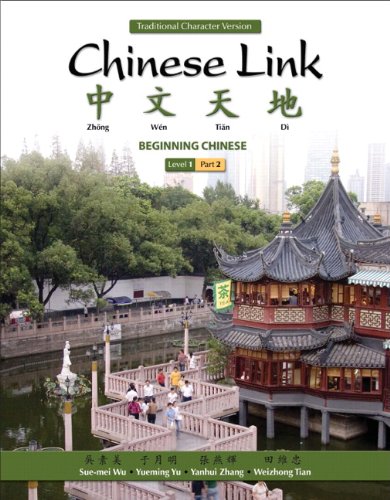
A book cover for Chinese Link: Beginning Chinese, Traditional Character Version, Level 1/Part 2 (2nd Edition); Sue-mei Wu; Literature & Fiction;